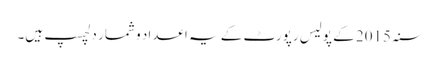
سنہ 2015 کے پولیس رپورٹ کے یہ اعداد و شمار دلچسپ ہیں۔